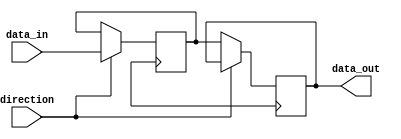
module io_block_buffer (
    input wire [7:0] data_in,
    input wire direction,
    output wire [7:0] data_out
);

// Compensation mechanism 
reg [7:0] compensated_data;

always @(posedge clk) begin
    if (direction == 1'b0) begin // Receiving
        data_out <= compensated_data;
    end else begin // Driving
        compensated_data <= data_in;
    end
end

endmodule